画像に写った文字を読んでください
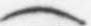
「(」と書いてあります